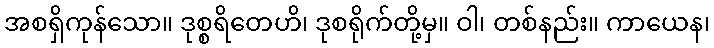
အစရှိကုန်သော။ ဒုစ္စရိတေဟိ၊ ဒုစရိုက်တို့မှ။ ဝါ၊ တစ်နည်း။ ကာယေန၊